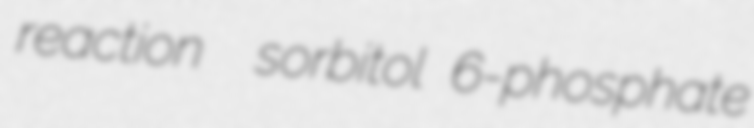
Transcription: reaction  sorbitol 6-phosphate